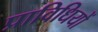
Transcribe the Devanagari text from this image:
प्राविधियों